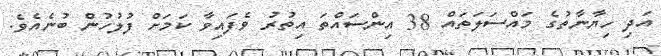
އަދި ހިޔާނާތުގެ މައްސަލަތައް 38 އިންސައްތަ އިތުރު ވެފައިވާ ކަމަށް ފުލުހުން ބުނެއެވެ.